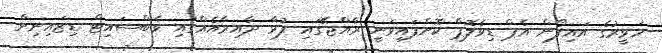
ހަވީރުގެ އައިފޯން އެޕް ޑިވެލޮޕް ކޮށްފައިވަނީ ރާއްޖޭގައި ފުޅާ ދާއިރާއެއްގައި ވެބްސައިޓް ޑިޒައިނިން